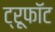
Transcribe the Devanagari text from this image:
ट्रूफॉट